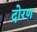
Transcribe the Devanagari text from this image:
दोरण